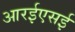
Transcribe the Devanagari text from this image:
आरईएसई